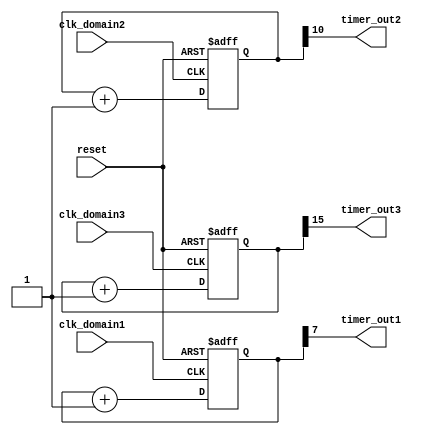
module multirate_timer (
    input wire clk_domain1,
    input wire clk_domain2,
    input wire clk_domain3,
    input wire reset,
    output reg timer_out1,
    output reg timer_out2,
    output reg timer_out3
);

reg [7:0] timer1;
reg [10:0] timer2;
reg [15:0] timer3;

always @ (posedge clk_domain1 or posedge reset)
begin
    if (reset)
        timer1 <= 8'h0;
    else
        timer1 <= timer1 + 1;
end

always @ (posedge clk_domain2 or posedge reset)
begin
    if (reset)
        timer2 <= 11'h0;
    else
        timer2 <= timer2 + 1;
end

always @ (posedge clk_domain3 or posedge reset)
begin
    if (reset)
        timer3 <= 16'h0;
    else
        timer3 <= timer3 + 1;
end

assign timer_out1 = timer1[7];
assign timer_out2 = timer2[10];
assign timer_out3 = timer3[15];

endmodule